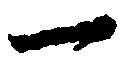
一